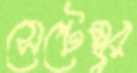
সেপ্টেম্ব্বর